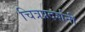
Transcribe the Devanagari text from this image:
चित्रप्रदर्शनी